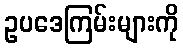
ဥပဒေကြမ်းများကို